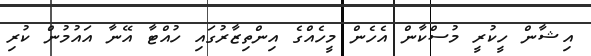
އިޝާން ހީކުރީ މުސްކާން އެހެން މީހެއްގެ އިންތިޒާރުގައި ހުއްޓާ އޭނާ އައުމުން ކުރި